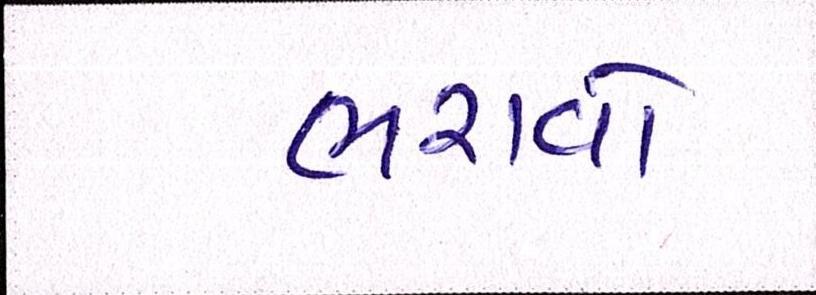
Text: ભરાવોઃ